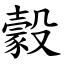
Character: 豰